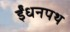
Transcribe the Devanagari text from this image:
ईंधनपथ